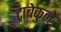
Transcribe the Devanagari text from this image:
ट्राबेकुले